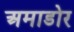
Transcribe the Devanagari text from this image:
अमाडोर